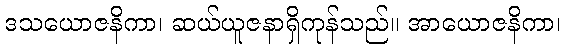
ဒသယောဇနိကာ၊ ဆယ်ယူဇနာရှိကုန်သည်။ အာယောဇနိကာ၊